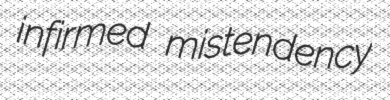
infirmed mistendency